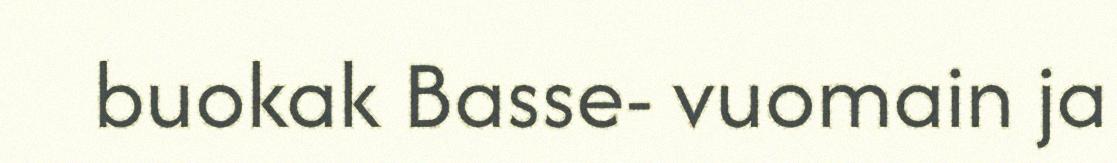
buokak Basse- vuomain ja